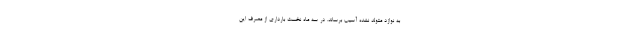
به نوازد متولد نشده آسیب برساند. در سه ماه نخست بارداری از مصرف این